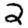
Digit: 2